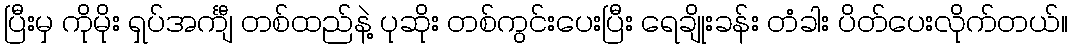
ပြီးမှ ကိုမိုး ရှပ်အင်္ကျီ တစ်ထည်နဲ့ ပုဆိုး တစ်ကွင်းပေးပြီး ရေချိုးခန်း တံခါး ပိတ်ပေးလိုက်တယ်။